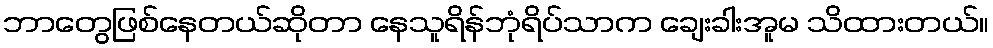
ဘာတွေဖြစ်နေတယ်ဆိုတာ နေသူရိန်ဘုံရိပ်သာက ချေးခါးအူမ သိထားတယ်။